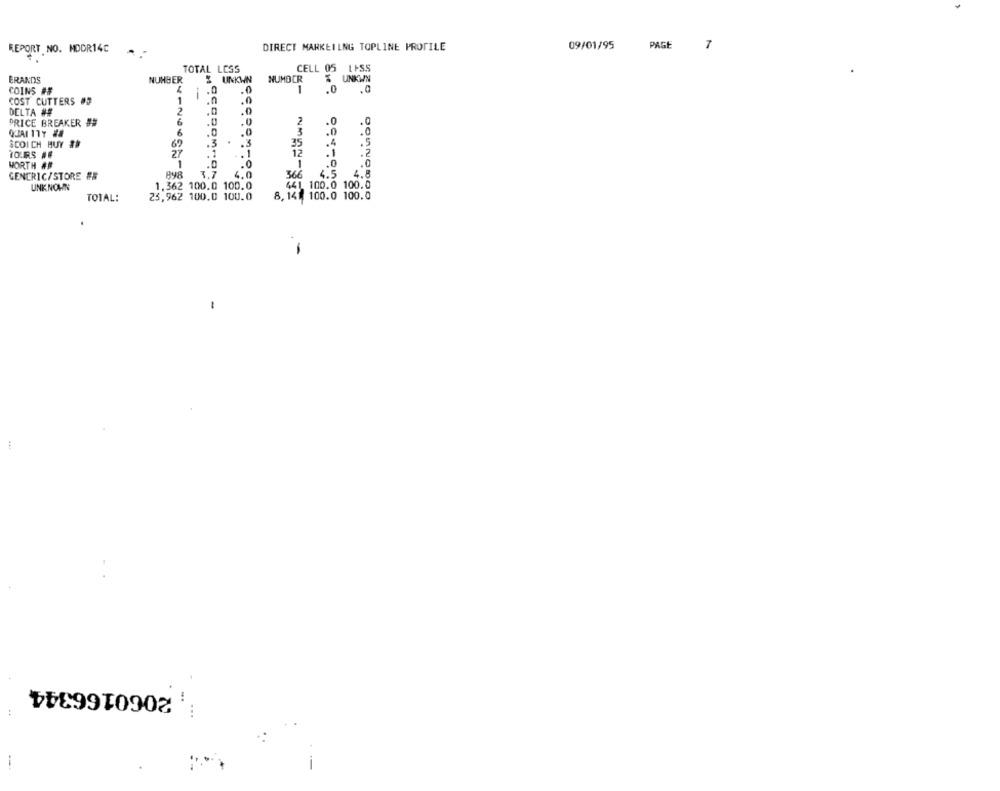
DIRECT MARKETING TOPLINE PROTILE
09/01/95
PAGE
7
REPORT NO. MDDR14C
TOTAL LESS
CELL 05 1 +S.5
ERANDS
NUMBER
Z UNKWN
NUMBER
UNKWN
COINS ##
.0
.0
1
.0
.0
COST CUTTERS #5
1
.0
.0
DELTA ##
2
.0
.0
6
.0
.0
PRICE BREAKER ##
2
.0
.0
.0
SCOICH HUY ##
69
.3
.5
35
.4
IORS ##
27
12
.2
WORTH ##
1
1
.0
898
3.7
4.0
366
4.5
4.8
GENERIC/STORE #
UNKNOWN
1.362 100.0 100.0
441
441 100.0 100.0
TOTAL:
23,962 100.0 100.0
8,141 100.0 100.0
-
2060166344
-.